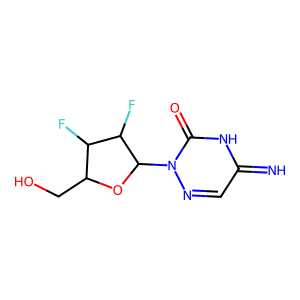
SMILES: N=c1cnn(C2OC(CO)C(F)C2F)c(=O)[nH]1
Inhibits HIV replication: No